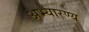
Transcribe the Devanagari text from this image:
अभ्यारण्‍य